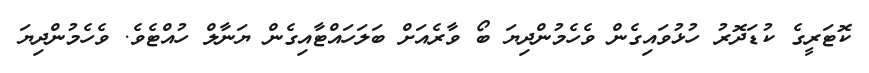
ކޮޓަރީގެ ކުޑަދޮރު ހުޅުވައިގެން ވެހެމުންދިޔަ ބޯ ވާރެއަށް ބަލަހައްޓާއިގެން ޔަނާލް ހުއްޓެވެ. ވެހެމުންދިޔަ